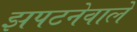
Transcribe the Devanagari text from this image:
झपटनेवाले